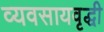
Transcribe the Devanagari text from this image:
व्यवसायवृद्धी